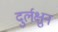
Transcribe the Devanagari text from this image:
दुर्लक्षुन